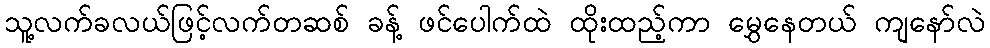
သူ့လက်ခလယ်ဖြင့်လက်တဆစ် ခန့် ဖင်ပေါက်ထဲ ထိုးထည့်ကာ မွှေနေတယ် ကျနော်လဲ